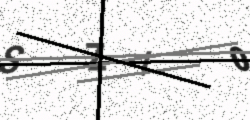
Text: SZI0